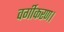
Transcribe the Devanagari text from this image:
वर्गीकरण।